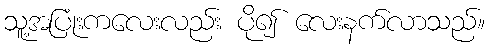
သူ့အပြုံးကလေးလည်း ပို၍ လေးနက်လာသည်။